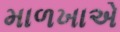
માળખાએ